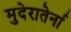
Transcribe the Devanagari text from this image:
मुदेरातेर्ना